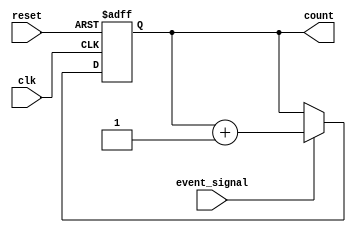
module event_control (
    input wire clk,           // Clock signal
    input wire reset,         // Reset signal
    input wire event_signal,  // Input signal for event triggering
    output reg [3:0] count    // Output counter
);

    // Initial block to initialize the counter
    initial begin
        count = 4'b0000;
    end

    // Always block to handle events
    always @(posedge clk or posedge reset) begin
        if (reset) begin
            // Reset the counter on reset signal
            count <= 4'b0000;
        end
        else if (event_signal) begin
            // Increment the counter when event_signal is high
            count <= count + 1;
        end
    end

    // Additional event handling using @(event)
    always @(event_signal) begin
        // This block is triggered on changes to event_signal
        if (event_signal) begin
            // Perform some action when event_signal is asserted
            $display("Event triggered: count = %d", count);
        end
    end

endmodule